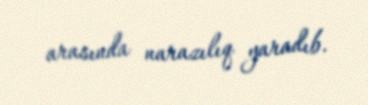
arasında narazılıq yaradıb.